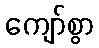
ကျော်စွာ